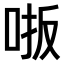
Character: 𫩾